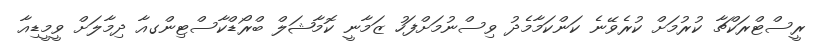
ރީސްޓްރަކްޗާ ކުރުމަށް ކުރެވޭނެ ކަންކަމާމެދު ވިސްނުމަށްފަހު ޒަމާނީ ކޮމާޝަލް ބްރޯޑްކާސްޓިންގއާ ދިމާލަށް ވީމީޑިއާ